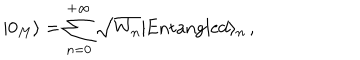
LaTeX: | 0 _ { M } \rangle = \sum _ { n = 0 } ^ { + \infty } \sqrt { W _ { n } } | \mathrm { E n t a n g l e d } \rangle _ { n } \, ,